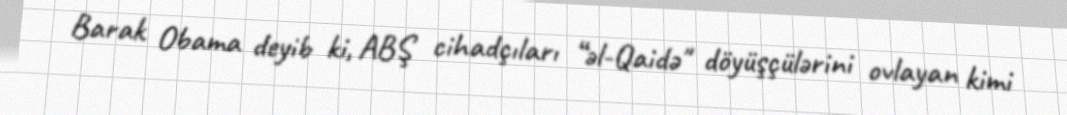
Barak Obama deyib ki, ABŞ cihadçıları “əl-Qaidə" döyüşçülərini ovlayan kimi